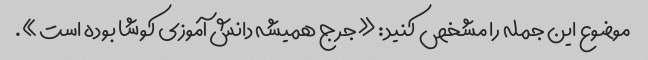
موضوع این جمله را مشخص کنید: «جرج همیشه دانش آموزی کوشا بوده است».